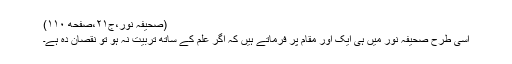
(صحیفہ نور،ج٢١،صفحه ١١٠)
اسی طرح صحیفہ نور میں ہی ایک اور مقام پر فرماتے ہیں کہ اگر علم کے ساتھ تربیّت نہ ہو تو نقصان دہ ہے۔